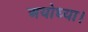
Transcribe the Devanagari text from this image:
अयोध्या।